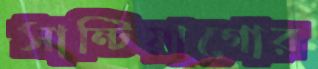
সান্টিয়াগোর